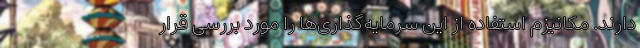
دارند. مکانیزمِ استفاده از این سرمایه‌گذاری‌ها را مورد بررسی قرار